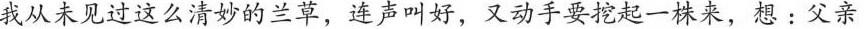
我从未见过这么清妙的兰草，连声叫好，又动手要挖起一株来，想:父亲